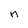
Character: n